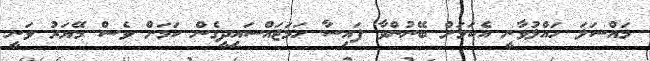
މައްސަލަ ހައްލުވާނީ އެކަމަށް ބޭނުންވާ ފައިސާ ހަމަޖައްސައިދީގެން ކަމަށް ވެސް މޭޔަރު ވަނީ